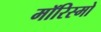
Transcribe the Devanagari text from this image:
मॉरिस्मो